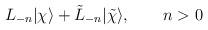
LaTeX: \begin{align*}L_{-n} | \chi \rangle + \tilde L_{-n} | \tilde\chi \rangle,\qquad n>0\end{align*}